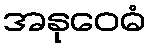
အနုဝေဓံ